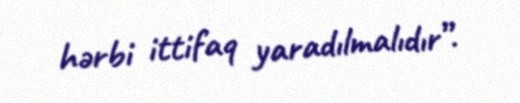
hərbi ittifaq yaradılmalıdır”.